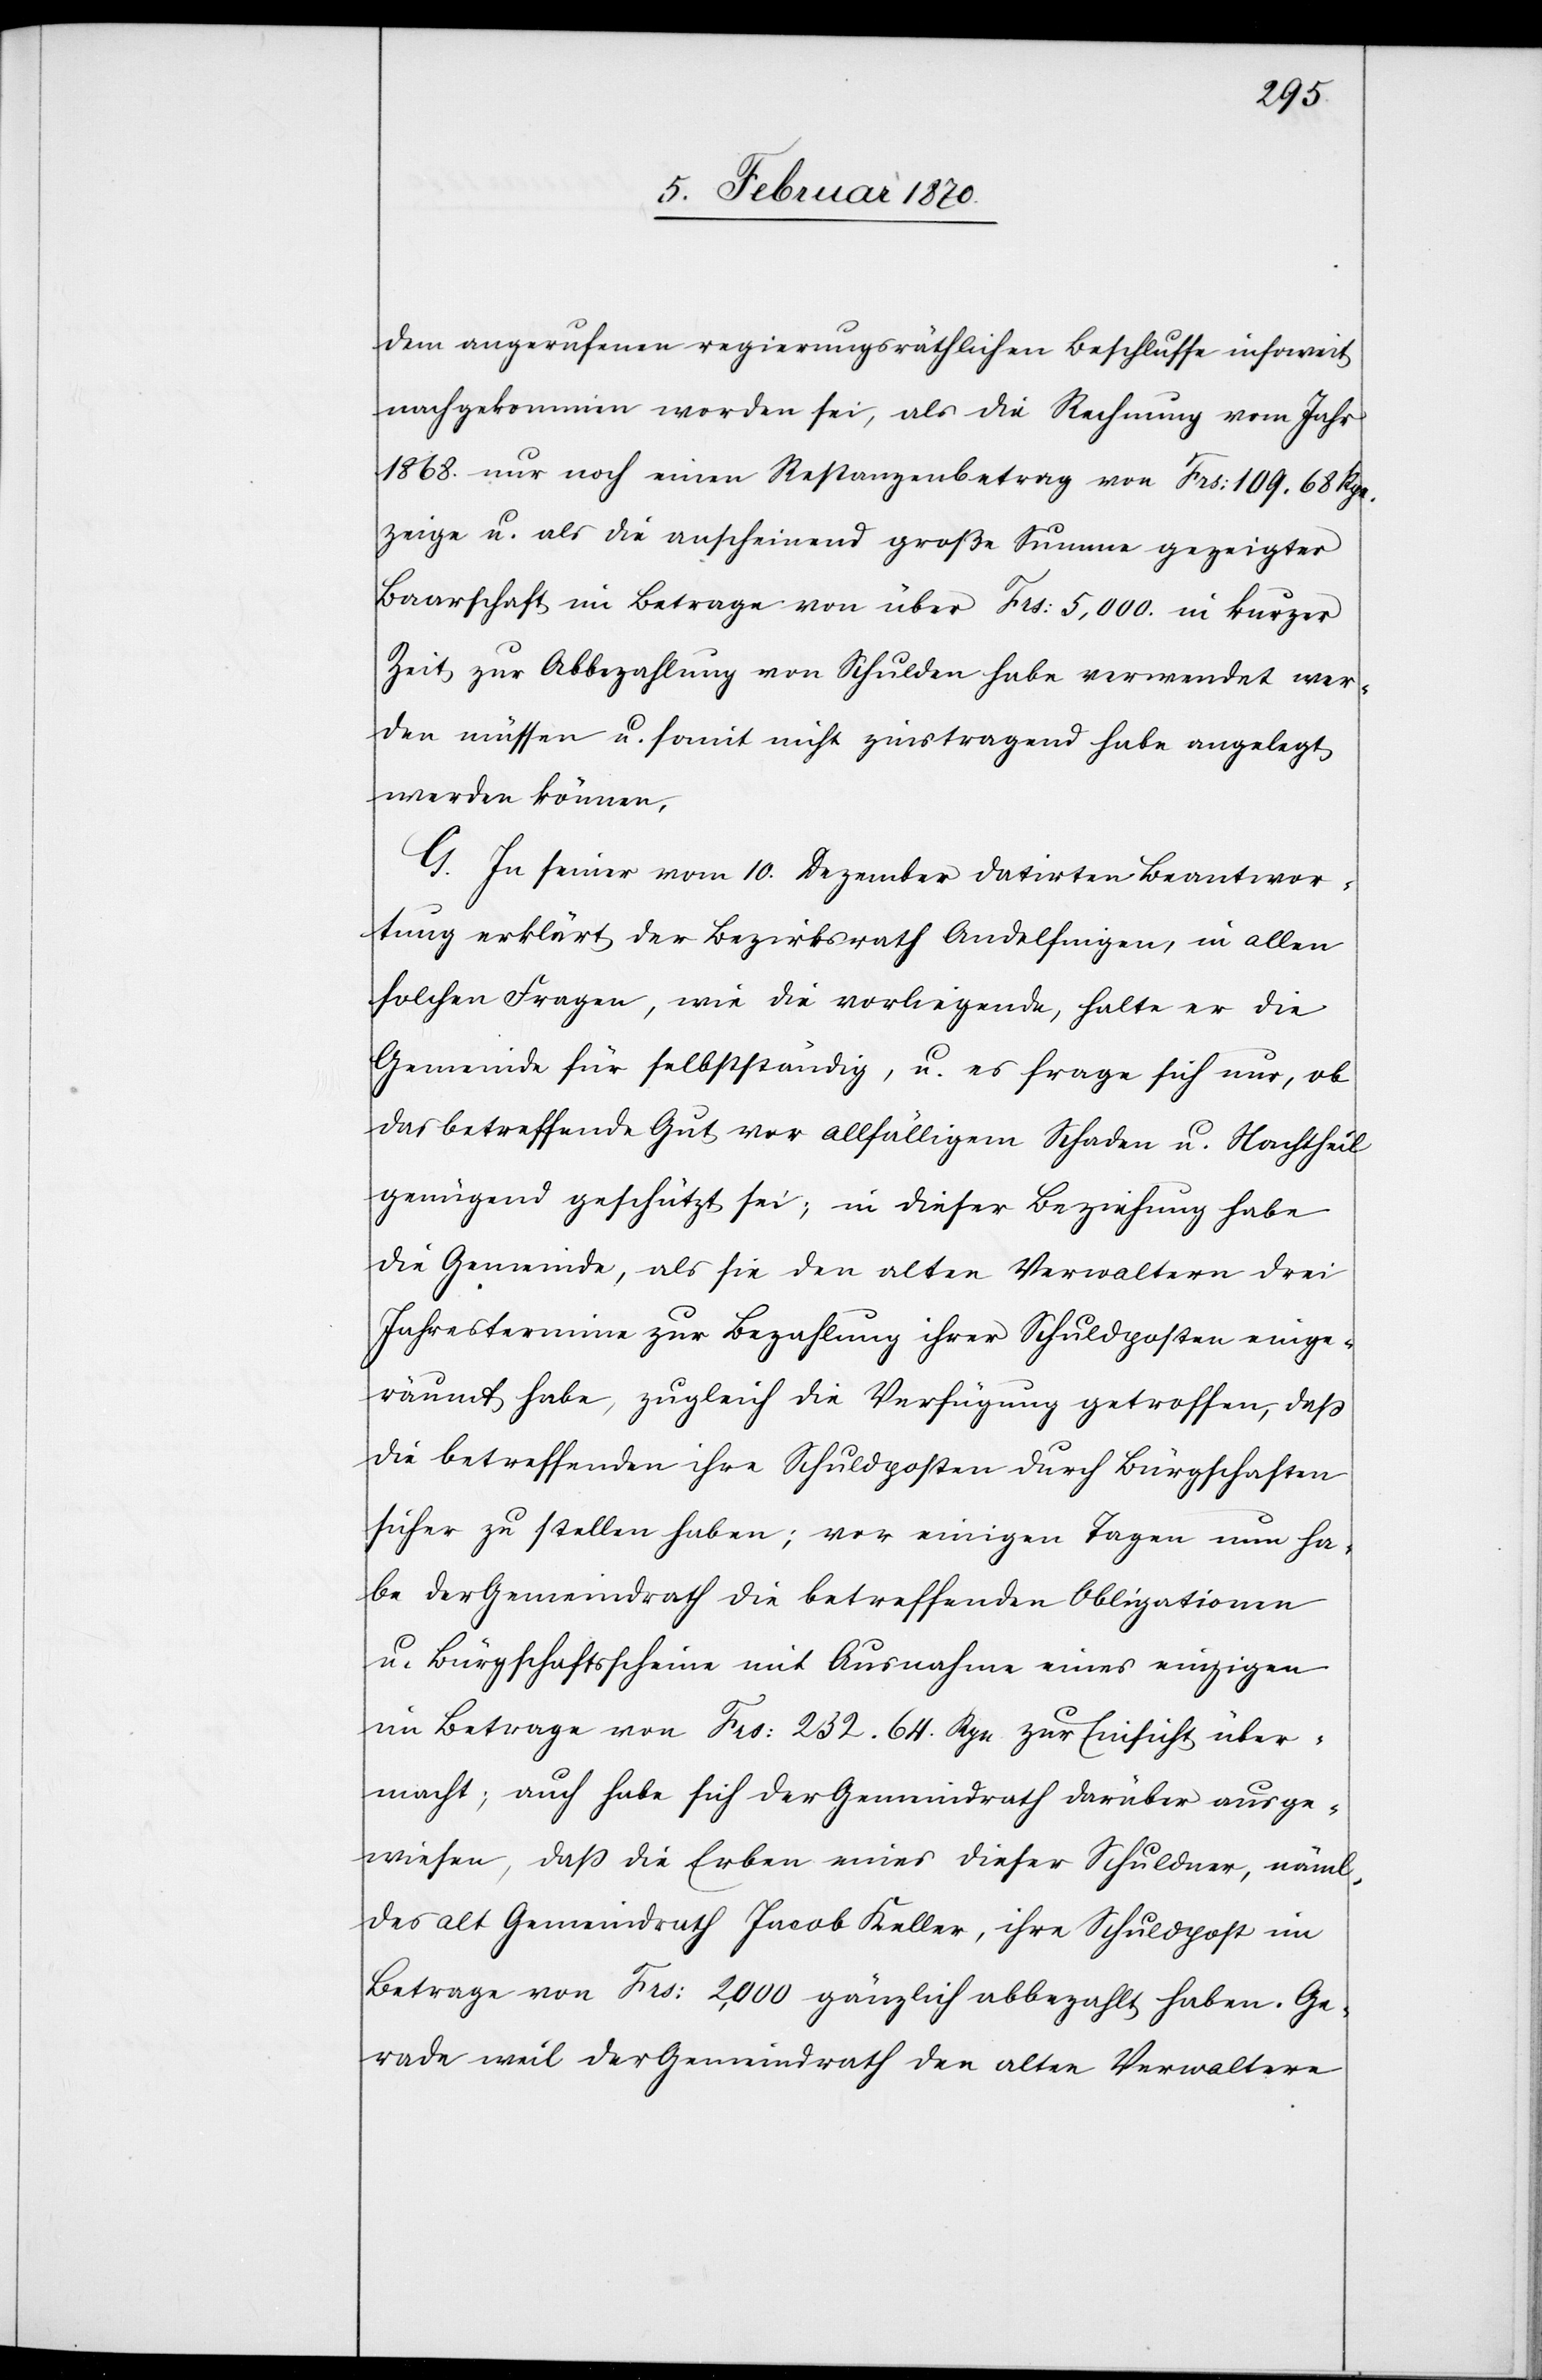
dem angerufenen regierungsräthlichen Beschlusse insoweit
nachgekommen worden sei, als die Rechnung vom Jahr
1868. nur noch einen Restanzenbetrag von Frs: 109. 68 Rpn.
zeige u. als die anscheinend große Summe gezeigter
Baarschaft im Betrage von über Frs: 5,000 in kurzer
Zeit zur Abbezahlung von Schulden habe verwendet wer¬
den müssen u. somit nicht zinstragend habe angelegt
werden können.
G. In seiner vom 10. Dezember datirten Beantwor¬
tung erklärt der Bezirksrath Andelfingen, in allen
solchen Fragen, wie die vorliegende, halte er die
Gemeinde für selbstständig, u. es frage sich nur, ob
das betreffende Gut vor allfälligem Schaden u. Nachtheil
genügend geschützt sei; in dieser Beziehung habe
die Gemeinde, als sie den alten Verwaltern drei
Jahrestermine zur Bezahlung ihrer Schuldposten einge¬
räumt habe, zugleich die Verfügung getroffen, dass
die betreffenden ihre Schuldposten durch Bürgschaften
sicher zu stellen haben; vor einigen Tagen nun ha¬
be der Gemeindrath die betreffenden Obligationen
u. Bürgschaftsscheine mit Ausnahme eines einzigen
im Betrage von Frs: 232. 64. Rpn zur Einsicht über¬
macht; auch habe sich der Gemeindrath darüber ausge¬
wiesen, daß die Erben eines dieser Schuldner, näml.
des alt Gemeindrath Jacob Keller, ihre Schuldpost im
Betrage von Frs: 2,000 gänzlich abbezahlt haben. Ge¬
rade weil der Gemeindrath den alten Verwaltern